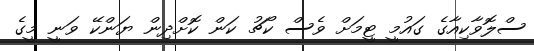
ސްލޮވާކިއާގެ ގައުމީ ޓީމަށް ވެސް ކޯޗު ކަން ކޮށްދިން ޔަންކޭ ވަނީ މީގެ